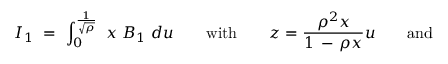
I _ { 1 } \ = \ \int _ { 0 } ^ { \frac { 1 } { \sqrt { \rho } } } \ x \ B _ { 1 } \ d u \qquad \mathrm { w i t h } \qquad { \displaystyle z = { \frac { \rho ^ { 2 } x } { 1 \, - \, \rho x } } u } \qquad \mathrm { a n d }